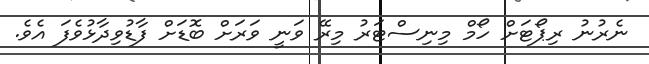
ނެރުނު ރިޕޯޓަށް ހޯމް މިނިސްޓަރު މިރޭ ވަނީ ވަރަށް ބޮޑަށް ފާޑުވިދާޅުވެފަ އެވެ.